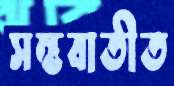
সম্ভবাতীত